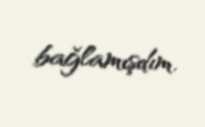
bağlamışdım.